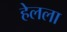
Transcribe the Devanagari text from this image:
हेलला